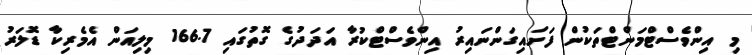
މި އިންވެސްޓްމަންޓްތަކުން ފަށައިގަންނައިރު އިންވެސްޓްކުރާ އަދަދުގެ ގޮތުގައި 166.7 މިލިއަން އެމެރިކާ ޑޮލަރު